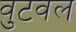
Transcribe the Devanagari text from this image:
वुटवल